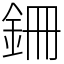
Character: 銏